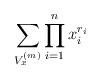
LaTeX: \begin{align*}\sum\limits_{V_x^{(m)}}\prod\limits_{i=1}^n x_i^{r_i}\end{align*}